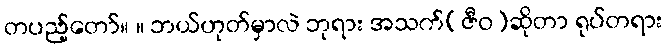
တပည့်တော်။ ။ ဘယ်ဟုတ်မှာလဲ ဘုရား အသက်(ဇီဝ)ဆိုတာ ရုပ်တရား